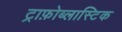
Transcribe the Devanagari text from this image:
ट्राफ़ोब्लास्टिक